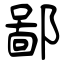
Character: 鄙